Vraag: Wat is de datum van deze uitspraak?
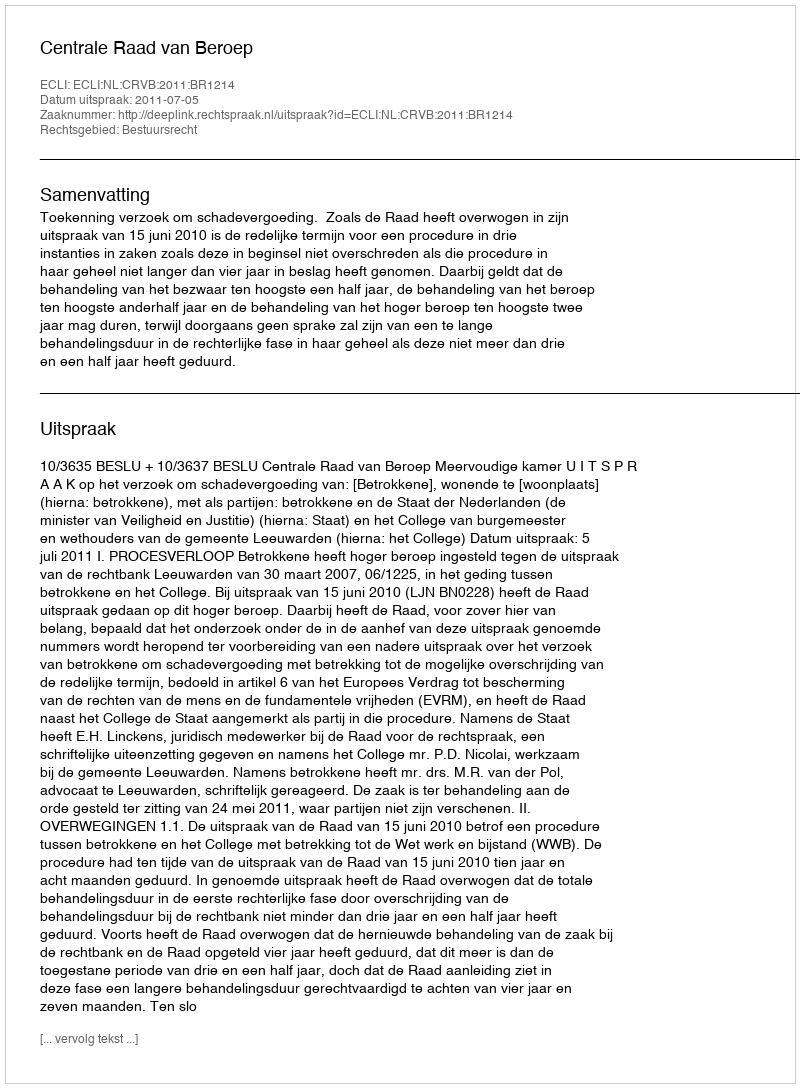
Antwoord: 2011-07-05